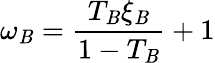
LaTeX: \omega_{\mathit{B}}=\frac{{T_{\mathit{B}}\xi_{\mathit{B}}}}{{1-T_{\mathit{B}}}}+1